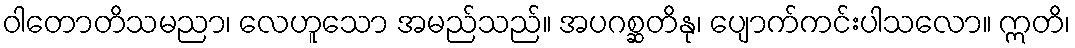
ဝါတောတိသမညာ၊ လေဟူသော အမည်သည်။ အပဂစ္ဆတိနု၊ ပျောက်ကင်းပါသလော။ ဣတိ၊